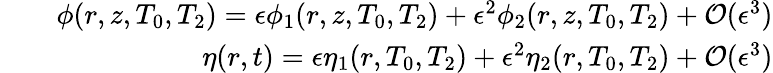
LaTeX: \begin{array}{rlr}&{}&{\phi(r,z,T_{0},T_{2})=\epsilon\phi_{1}(r,z,T_{0},T_{2})+\epsilon^{2}\phi_{2}(r,z,T_{0},T_{2})+\mathcal{O}(\epsilon^{3})}\\ &{}&{\eta(r,t)=\epsilon\eta_{1}(r,T_{0},T_{2})+\epsilon^{2}\eta_{2}(r,T_{0},T_{2})+\mathcal{O}(\epsilon^{3})}\end{array}